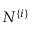
N ^ { \{ i \} }